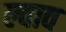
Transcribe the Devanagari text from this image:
ल्वाव